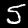
Digit: 5